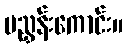
မညွှန်းကောင်း။